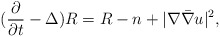
\begin{align*}(\frac{\partial}{\partial t}-\Delta)R=R-n+|\nabla\bar\nabla u|^2,\end{align*}